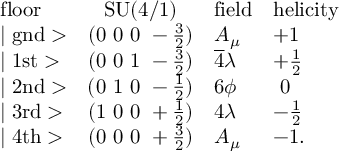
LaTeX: \begin{array} { l c l l } { { \mathrm { f l o o r } } } & { { \mathrm { S U ( 4 / 1 ) } } } & { { \mathrm { f i e l d } } } & { { \mathrm { h e l i c i t y } } } \\ { { \mid \mathrm { g n d } > } } & { { ( 0 ~ 0 ~ 0 ~ - \frac { 3 } { 2 } ) } } & { { A _ { \mu } } } & { { + 1 } } \\ { { \mid \mathrm { 1 s t } > } } & { { ( 0 ~ 0 ~ 1 ~ - \frac { 3 } { 2 } ) } } & { { \overline { { 4 } } \lambda } } & { { + \frac { 1 } { 2 } } } \\ { { \mid \mathrm { 2 n d } > } } & { { ( 0 ~ 1 ~ 0 ~ - \frac { 1 } { 2 } ) } } & { { 6 \phi } } & { { ~ 0 } } \\ { { \mid \mathrm { 3 r d } > } } & { { ( 1 ~ 0 ~ 0 ~ + \frac { 1 } { 2 } ) } } & { { 4 \lambda } } & { { - \frac { 1 } { 2 } } } \\ { { \mid \mathrm { 4 t h } > } } & { { ( 0 ~ 0 ~ 0 ~ + \frac { 3 } { 2 } ) } } & { { A _ { \mu } } } & { { - 1 . } } \end{array}